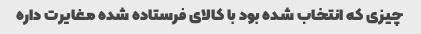
چیزی که انتخاب شده بود با کالای فرستاده شده مغایرت داره